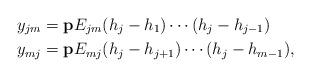
LaTeX: \begin{align*}y_{jm}&=\mathbf{p}E_{jm}(h_j-h_1)\cdots(h_j-h_{j-1})\\y_{mj}&=\mathbf{p}E_{mj}(h_j-h_{j+1})\cdots(h_j-h_{m-1}),\end{align*}